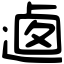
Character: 𨔁